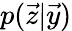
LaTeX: p(\vec{z}\vert\vec{y})